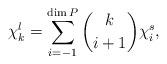
LaTeX: \begin{align*}\chi^l_k = \sum_{i =-1}^{\dim P} \binom{k}{i+1} \chi^s_i,\end{align*}